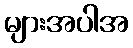
များအပါအ